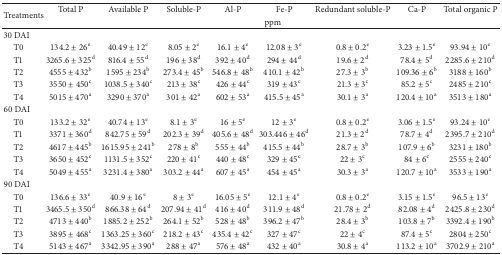
<table><thead><tr><td rowspan="2"><b>Treatments</b></td><td><b>Total P</b></td><td><b>Available P</b></td><td><b>Soluble-P</b></td><td><b>Al-P</b></td><td><b>Fe-P</b></td><td><b>Redundant soluble-P</b></td><td><b>Ca-P</b></td><td><b>Total organic P</b></td></tr><tr><td colspan="8"><b>ppm</b></td></tr></thead><tbody><tr><td>30 DAI</td><td> </td><td> </td><td> </td><td> </td><td> </td><td> </td><td> </td><td> </td></tr><tr><td> T0</td><td>134.2 ± 26<sup>e</sup></td><td>40.49 ± 12<sup>e</sup></td><td>8.05 ± 2<sup>e</sup></td><td>16.1 ± 4<sup>e</sup></td><td>12.08 ± 3<sup>e</sup></td><td>0.8 ± 0.2<sup>e</sup></td><td>3.23 ± 1.5<sup>e</sup></td><td>93.94 ± 10<sup>e</sup></td></tr><tr><td> T1</td><td>3265.6 ± 325<sup>d</sup></td><td>816.4 ± 55<sup>d</sup></td><td>196 ± 38<sup>d</sup></td><td>392 ± 40<sup>d</sup></td><td>294 ± 44<sup>d</sup></td><td>19.6 ± 2<sup>d</sup></td><td>78.4 ± 5<sup>d</sup></td><td>2285.6 ± 210<sup>d</sup></td></tr><tr><td> T2</td><td>4555 ± 432<sup>b</sup></td><td>1595 ± 234<sup>b</sup></td><td>273.4 ± 45<sup>b</sup></td><td>546.8 ± 48<sup>b</sup></td><td>410.1 ± 42<sup>b</sup></td><td>27.3 ± 3<sup>b</sup></td><td>109.36 ± 6<sup>b</sup></td><td>3188 ± 160<sup>b</sup></td></tr><tr><td> T3</td><td>3550 ± 450<sup>c</sup></td><td>1038.5 ± 340<sup>c</sup></td><td>213 ± 38<sup>c</sup></td><td>426 ± 44<sup>c</sup></td><td>319 ± 43<sup>c</sup></td><td>21.3 ± 3<sup>c</sup></td><td>85.2 ± 5<sup>c</sup></td><td>2485 ± 210<sup>c</sup></td></tr><tr><td> T4</td><td>5015 ± 470<sup>a</sup></td><td>3290 ± 370<sup>a</sup></td><td>301 ± 42<sup>a</sup></td><td>602 ± 53<sup>a</sup></td><td>415.5 ± 45<sup>a</sup></td><td>30.1 ± 3<sup>a</sup></td><td>120.4 ± 10<sup>a</sup></td><td>3513 ± 180<sup>a</sup></td></tr><tr><td>60 DAI</td><td> </td><td> </td><td> </td><td> </td><td> </td><td> </td><td> </td><td> </td></tr><tr><td> T0</td><td>133.2 ± 32<sup>e</sup></td><td>40.74 ± 13<sup>e</sup></td><td>8.1 ± 3<sup>e</sup></td><td>16 ± 5<sup>e</sup></td><td>12 ± 3<sup>e</sup></td><td>0.8 ± 0.2<sup>e</sup></td><td>3.06 ± 1.5<sup>e</sup></td><td>93.24 ± 10<sup>e</sup></td></tr><tr><td> T1</td><td>3371 ± 360<sup>d</sup></td><td>842.75 ± 59<sup>d</sup></td><td>202.3 ± 39<sup>d</sup></td><td>405.6 ± 48<sup>d</sup></td><td>303.446 ± 46<sup>d</sup></td><td>21.3 ± 2<sup>d</sup></td><td>78.7 ± 4<sup>d</sup></td><td>2395.7 ± 210<sup>d</sup></td></tr><tr><td> T2</td><td>4617 ± 445<sup>b</sup></td><td>1615.95 ± 241<sup>b</sup></td><td>278 ± 8<sup>b</sup></td><td>555 ± 44<sup>b</sup></td><td>415.5 ± 44<sup>b</sup></td><td>28.7 ± 3<sup>b</sup></td><td>107.9 ± 6<sup>b</sup></td><td>3231 ± 180<sup>b</sup></td></tr><tr><td> T3</td><td>3650 ± 452<sup>c</sup></td><td>1131.5 ± 352<sup>c</sup></td><td>220 ± 41<sup>c</sup></td><td>440 ± 48<sup>c</sup></td><td>329 ± 45<sup>c</sup></td><td>22 ± 3<sup>c</sup></td><td>84 ± 6<sup>c</sup></td><td>2555 ± 240<sup>c</sup></td></tr><tr><td> T4</td><td>5049 ± 455<sup>a</sup></td><td>3231.4 ± 380<sup>a</sup></td><td>303.2 ± 44<sup>a</sup></td><td>607 ± 45<sup>a</sup></td><td>454 ± 45<sup>a</sup></td><td>30.3 ± 3<sup>a</sup></td><td>120.7 ± 10<sup>a</sup></td><td>3533 ± 190<sup>a</sup></td></tr><tr><td>90 DAI</td><td> </td><td> </td><td> </td><td> </td><td> </td><td> </td><td> </td><td> </td></tr><tr><td> T0</td><td>136.6 ± 33<sup>e</sup></td><td>40.9 ± 16<sup>e</sup></td><td>8 ± 3<sup>e</sup></td><td>16.05 ± 5<sup>e</sup></td><td>12.1 ± 4<sup>e</sup></td><td>0.8 ± 0.2<sup>e</sup></td><td>3.15 ± 1.5<sup>e</sup></td><td>96.5 ± 13<sup>e</sup></td></tr><tr><td> T1</td><td>3465.5 ± 350<sup>d</sup></td><td>866.38 ± 64<sup>d</sup></td><td>207.94 ± 41<sup>d</sup></td><td>416 ± 40<sup>d</sup></td><td>311.9 ± 48<sup>d</sup></td><td>21.78 ± 2<sup>d</sup></td><td>82.08 ± 4<sup>d</sup></td><td>2425.8 ± 230<sup>d</sup></td></tr><tr><td> T2</td><td>4713 ± 440<sup>b</sup></td><td>1885.2 ± 252<sup>b</sup></td><td>264.1 ± 52<sup>b</sup></td><td>528 ± 48<sup>b</sup></td><td>396.2 ± 47<sup>b</sup></td><td>28.4 ± 3<sup>b</sup></td><td>103.8 ± 7<sup>b</sup></td><td>3392.4 ± 190<sup>b</sup></td></tr><tr><td> T3</td><td>3895 ± 468<sup>c</sup></td><td>1363.25 ± 360<sup>c</sup></td><td>218.2 ± 43<sup>c</sup></td><td>435.4 ± 42<sup>c</sup></td><td>327 ± 47<sup>c</sup></td><td>22 ± 4<sup>c</sup></td><td>87.4 ± 5<sup>c</sup></td><td>2804 ± 250<sup>c</sup></td></tr><tr><td> T4</td><td>5143 ± 467<sup>a</sup></td><td>3342.95 ± 390<sup>a</sup></td><td>288 ± 47<sup>a</sup></td><td>576 ± 48<sup>a</sup></td><td>432 ± 40<sup>a</sup></td><td>30.8 ± 4<sup>a</sup></td><td>113.2 ± 10<sup>a</sup></td><td>3702.9 ± 210<sup>a</sup></td></tr></tbody></table>